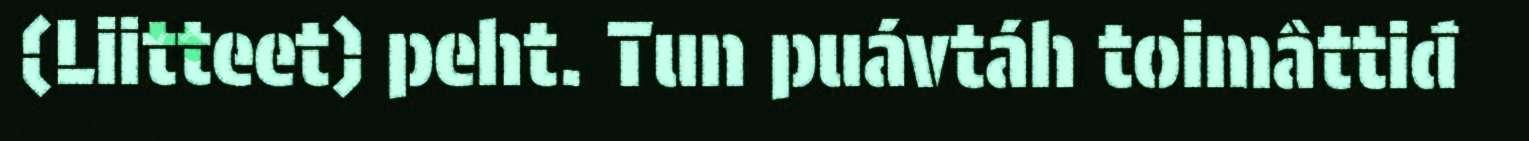
(Liitteet) peht. Tun puávtáh toimâttiđ